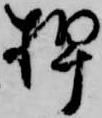
押